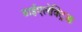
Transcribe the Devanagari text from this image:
डाईएलेक्ट्रिक